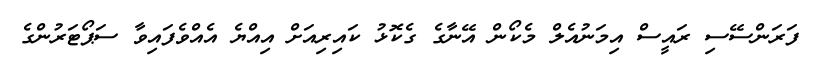
ފަރަންސޭސި ރައީސް އިމަނުއެލް މެކޯން އޭނާގެ ގެކޮޅު ކައިރިއަށް އިއްޔެ އެއްވެފައިވާ ސަޕޯޓަރުންގެ